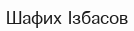
Шафих Ізбасов